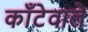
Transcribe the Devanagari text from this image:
काँटेवाले